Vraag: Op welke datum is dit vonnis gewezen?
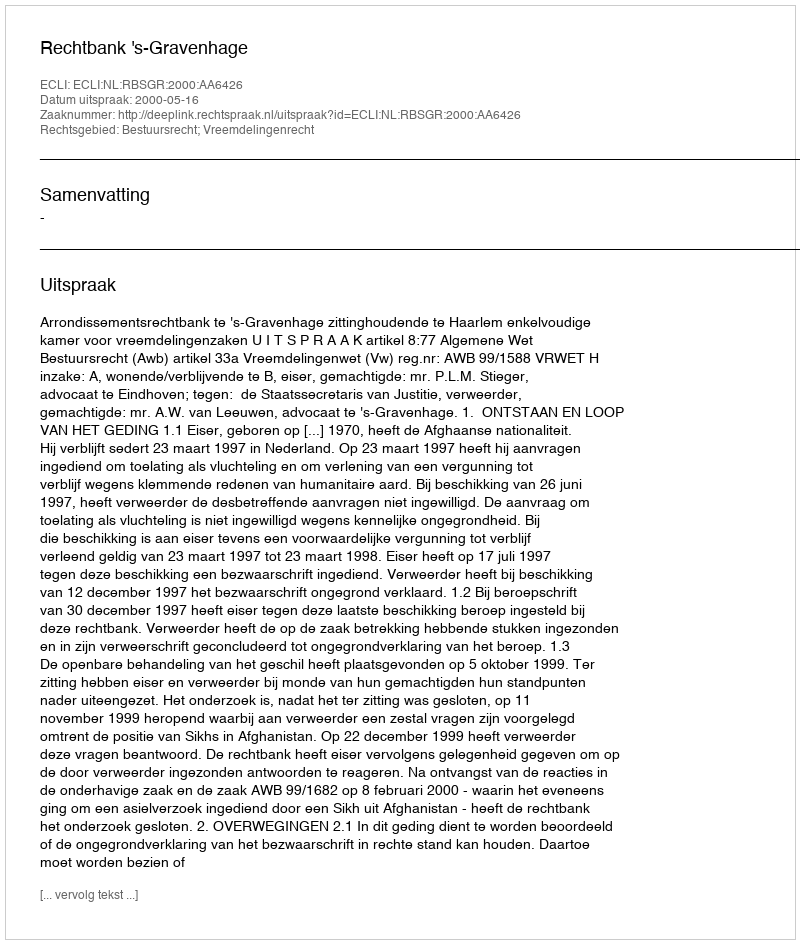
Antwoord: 2000-05-16